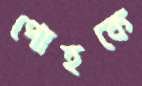
পোহকে